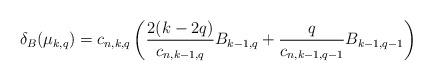
LaTeX: \begin{align*}\delta_B(\mu_{k,q})=c_{n,k,q}\left(\frac{2(k-2q)}{c_{n,k-1,q}} B_{k-1,q}+\frac{q}{c_{n,k-1,q-1}}B_{k-1,q-1}\right)\end{align*}